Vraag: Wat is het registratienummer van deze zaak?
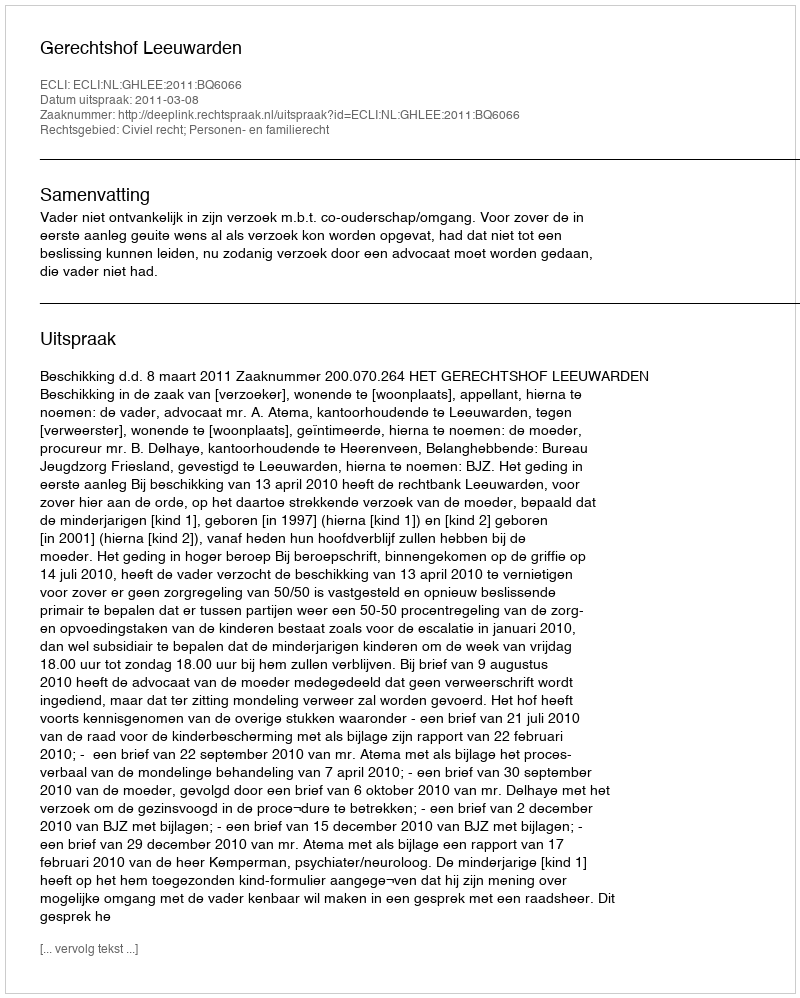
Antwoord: http://deeplink.rechtspraak.nl/uitspraak?id=ECLI:NL:GHLEE:2011:BQ6066